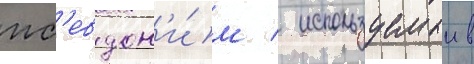
пс'евдон'и́м / используемыи в